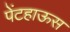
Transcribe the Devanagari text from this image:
पेंटहाऊस